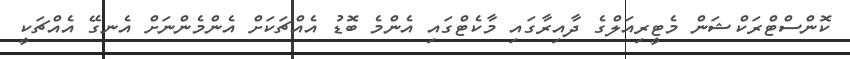
ކޮންސްޓްރަކްޝަން މެޓީރިއަލްގެ ދާއިރާގައި މާކެޓްގައި އެންމެ ބޮޑު އެއްޗަކަށް އެންމެންނަށް އެނގޭ އެއްޗަކީ